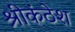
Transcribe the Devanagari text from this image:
श्रीकंठेश